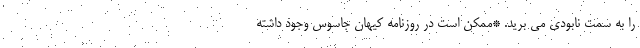
را به سمت نابودی می برید. *ممکن است در روزنامه کیهان جاسوس وجود داشته